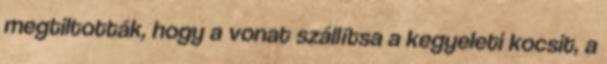
megtiltották, hogy a vonat szállítsa a kegyeleti kocsit, a